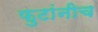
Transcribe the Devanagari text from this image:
फुटांनीच